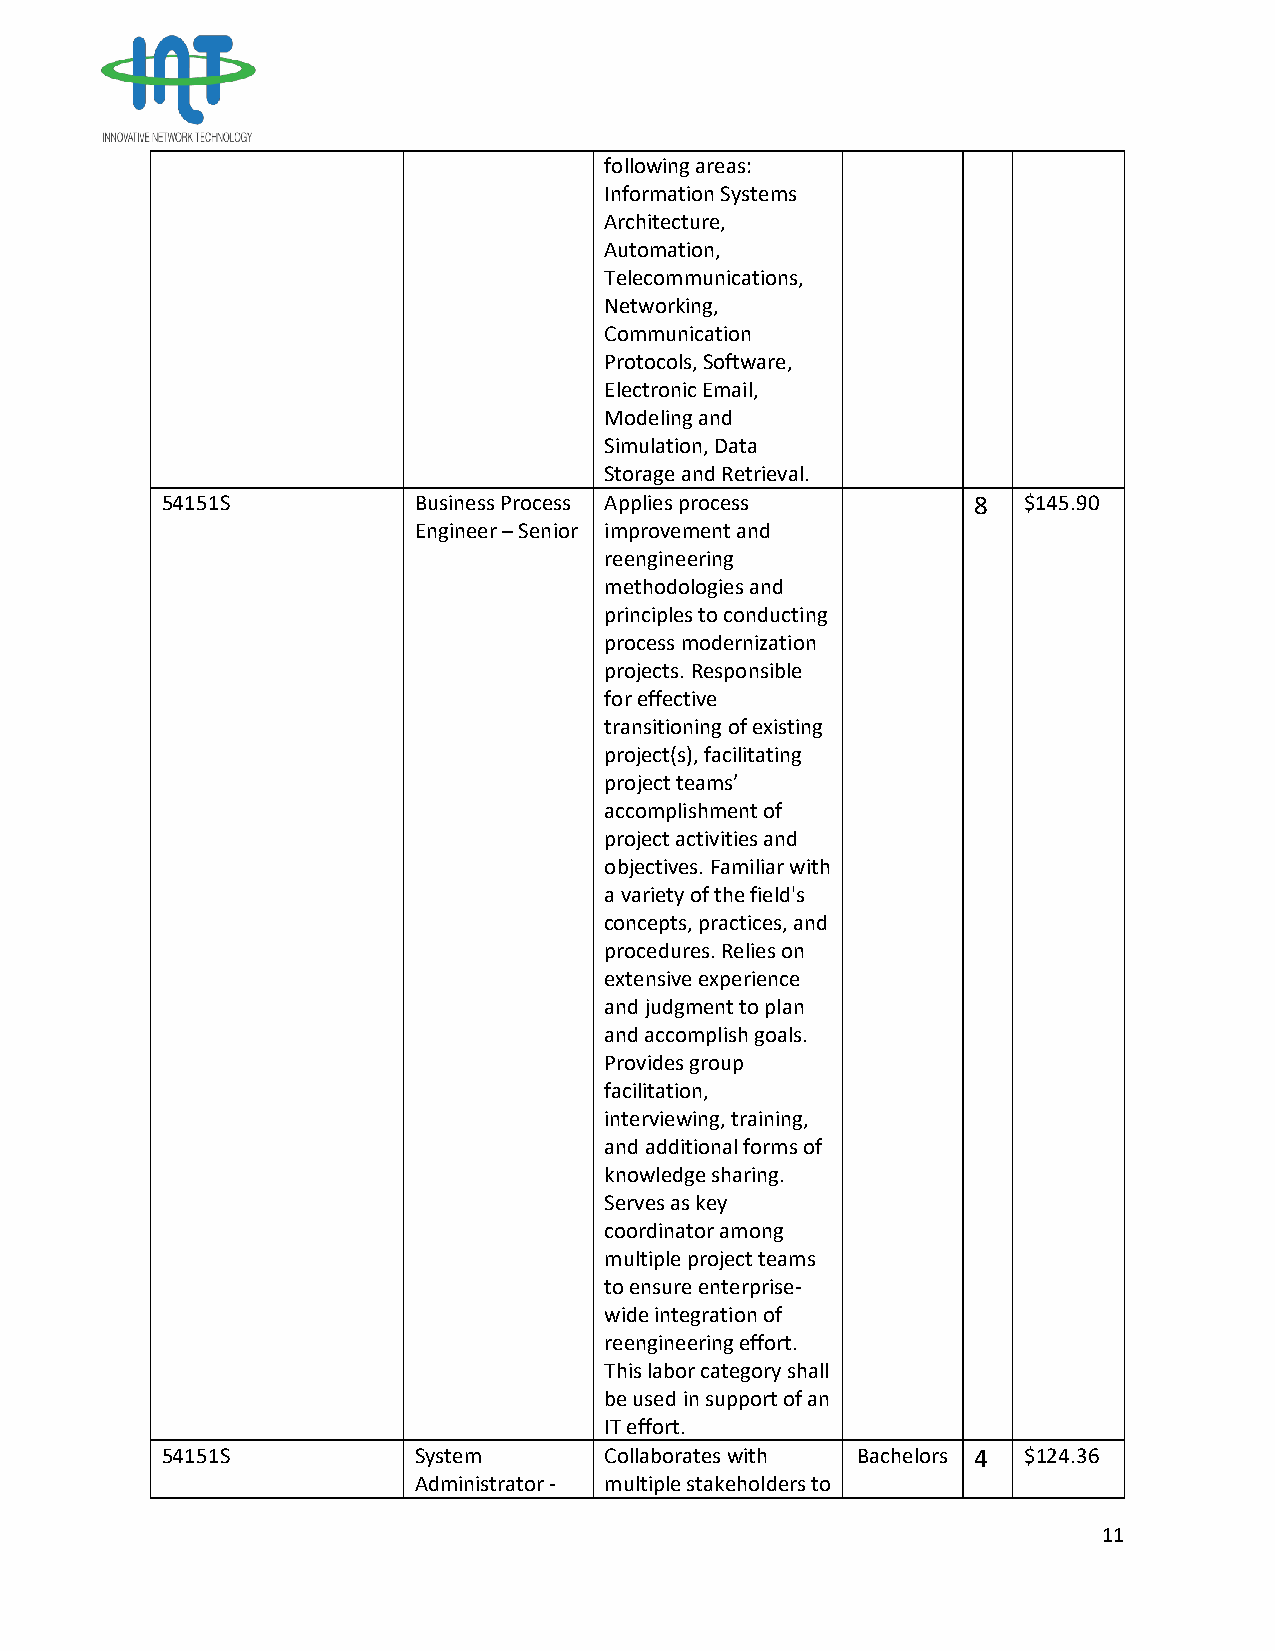
following areas:
 Information Systems
 Architecture,
 Automation,
 Telecommunications,
 Networking,
 Communication
 Protocols, Software,
 Electronic Email,
 Modeling and
 Simulation, Data
 Storage and Retrieval.
 54151S          Business Process Applies process     8   $145.90
 Engineer – Senior improvement and
 reengineering
 methodologies and
 principles to conducting
 process modernization
 projects. Responsible
 for effective
 transitioning of existing
 project(s), facilitating
 project teams’
 accomplishment of
 project activities and
 objectives. Familiar with
 a variety of the field's
 concepts, practices, and
 procedures. Relies on
 extensive experience
 and judgment to plan
 and accomplish goals.
 Provides group
 facilitation,
 interviewing, training,
 and additional forms of
 knowledge sharing.
 Serves as key
 coordinator among
 multiple project teams
 to ensure enterprise-
 wide integration of
 reengineering effort.
 This labor category shall
 be used in support of an
 IT effort.
 54151S          System       Collaborates with Bachelors 4 $124.36
 Administrator - multiple stakeholders to
 11